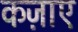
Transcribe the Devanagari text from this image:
कज़ाए